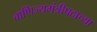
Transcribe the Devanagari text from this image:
वाणिज्यमंत्रीपदाच्या